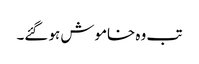
تب وہ خاموش ہو گئے۔